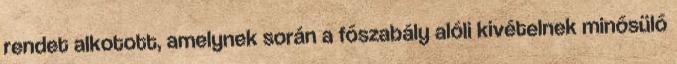
rendet alkotott, amelynek során a főszabály alóli kivételnek minősülő